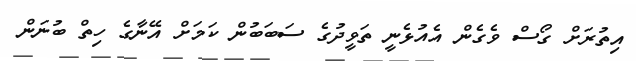
އިތުރަށް ގޯސް ވެގެން އެއުޅެނީ ތަވީދުގެ ސަބަބުން ކަމަށް އޭނާގެ ހިތް ބުނަން